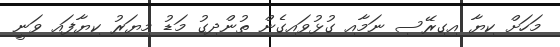
މަހަށް ކިޔާ އިގިރޭސި ނަމާއި ގުޅުވައިގެން ތުންދިގު މަޑު މިޔަރު ކިޔާފައި ވަނީ